Code of medical and sanitary regulations for the guidance of medical officers serving in the Madras Presidency - Volume II
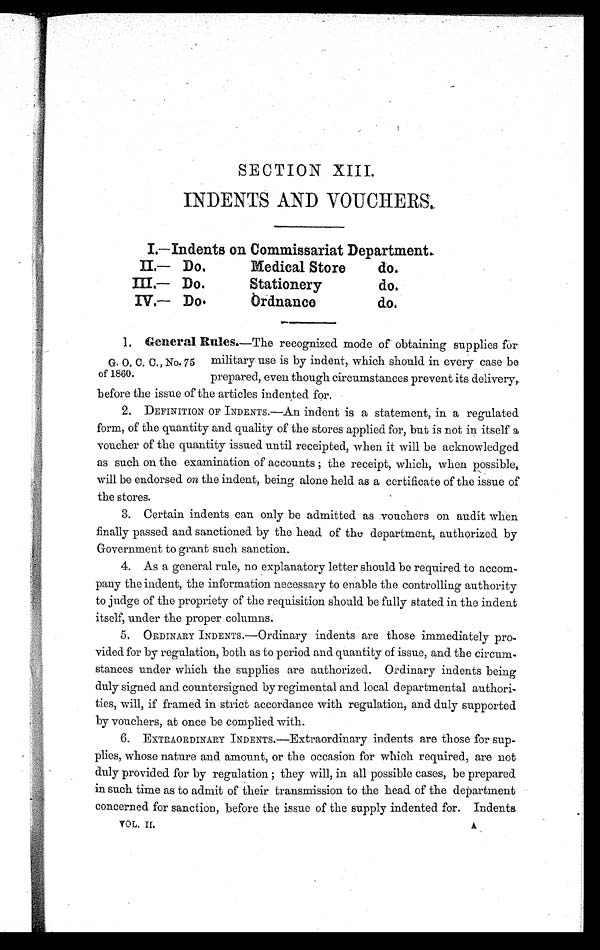
SECTION XIII.
INDENTS AND VOUCHERS.
I.—Indents on Commissariat Department.
II.— Do.
Medical Store
do.
III.— Do.
Stationery
do.
IV.— Do.
Ordnance
do.
1. General Rules. —The recognized mode of obtaining supplies for
military use is by indent, which should in every case be
prepared, even though circumstances prevent its delivery,
before the issue of the articles indented for.
2. DEFINITION OF INDENTS.—An indent is a statement, in a regulated
form, of the quantity and quality of the stores applied for, but is not in itself a
voucher of the quantity issued until receipted, when it will be acknowledged
as such on the examination of accounts ; the receipt, which, when possible,
will be endorsed on the indent, being alone held as a certificate of the issue of
the stores.
3. Certain indents can only be admitted as vouchers on audit when
finally passed and sanctioned by the head of the department, authorized by
Government to grant such sanction.
4. As a general rule, no explanatory letter should be required to accom-
pany the indent, the information necessary to enable the controlling authority
to judge of the propriety of the requisition should be fully stated in the indent
itself, under the proper columns.
5. ORDINARY INDENTS.—Ordinary indents are those immediately pro-
vided for by regulation, both as to period and quantity of issue, and the circurn-
stances under which the supplies are authorized. Ordinary indents being
duly signed and countersigned by regimental and local departmental authori-
ties, will, if framed in strict accordance with regulation, and duly supported
by vouchers, at once be complied with.
6. EXTRAORDINARY INDENTS.—Extraordinary indents are those for sup-
plies, whose nature and amount, or the occasion for which required, are not
duly provided for by regulation ; they will, in all possible cases, be prepared
in such time as to admit of their transmission to the head of the department
concerned for sanction, before the issue of the supply indented for. Indents
VOL. II. A
G. O. C. C., No. 75
of 1860.